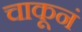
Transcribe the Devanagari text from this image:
चाकूनं